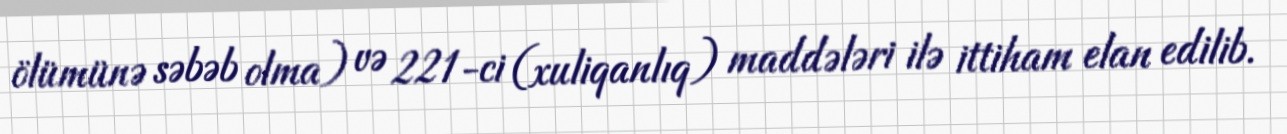
ölümünə səbəb olma) və 221-ci (xuliqanlıq) maddələri ilə ittiham elan edilib.